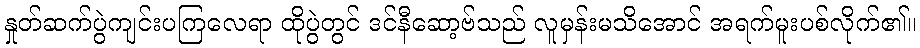
နှုတ်ဆက်ပွဲကျင်းပကြလေရာ ထိုပွဲတွင် ဒင်နီဆော့ဗ်သည် လူမှန်းမသိအောင် အရက်မူးပစ်လိုက်၏။